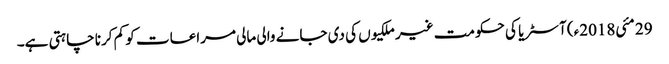
29 مئی2018ء) آسٹریا کی حکومت غیر ملکیوں کی دی جانے والی مالی مراعات کو کم کرنا چاہتی ہے۔